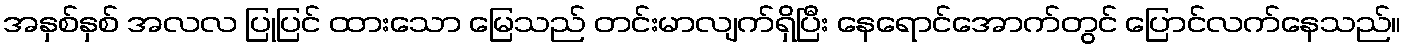
အနှစ်နှစ် အလလ ပြုပြင် ထားသော မြေသည် တင်းမာလျက်ရှိပြီး နေရောင်အောက်တွင် ပြောင်လက်နေသည်။